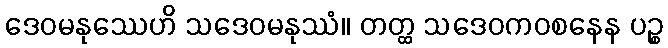
ဒေဝမနုဿေဟိ သဒေဝမနုဿံ။ တတ္ထ သဒေဝကဝစနေန ပဉ္စ